Annual report on the working of the lock hospitals in the North-Western Provinces and Oudh
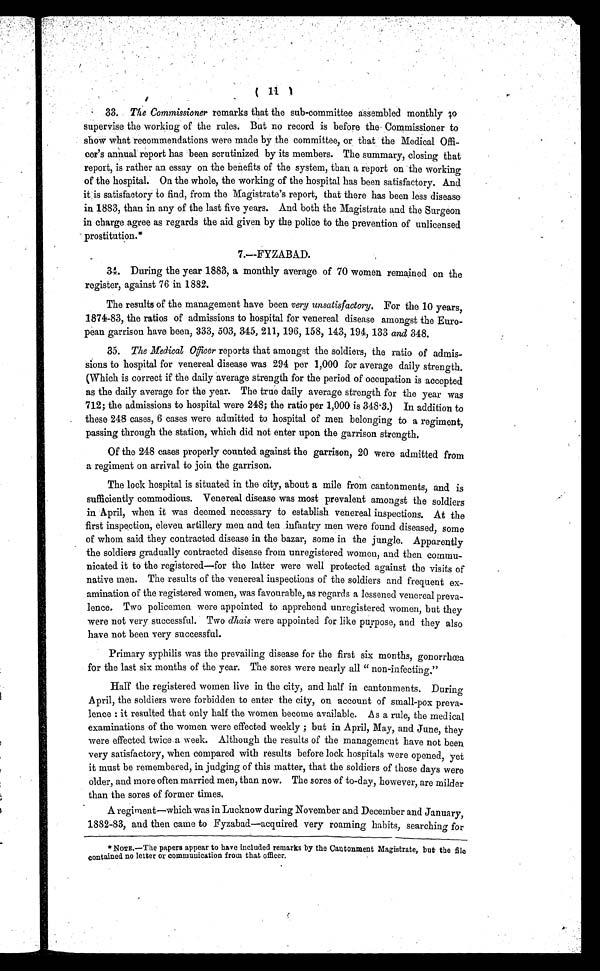
( 11 )
33. The Commissioner remarks that the sub-committee assembled monthly 70
supervise the working of the rules. But no record is before the Commissioner to
show what recommendations were made by the committee, or that the Medical Offi-
cer's annual report has been scrutinized by its members. The summary, closing that
report, is rather an essay on the benefits of the system, than a report on the working
of the hospital. On the whole, the working of the hospital has been satisfactory. And
it is satisfactory to find, from the Magistrate's report, that there has been less disease
in 1883, than in any of the last five years. And both the Magistrate and the Surgeon
in charge agree as regards the aid given by the police to the prevention of unlicensed
prostitution.*
7.—FYZABAD.
34. During the year 1883, a monthly average of 70 women remained on the
register, against 76 in 1882.
The results of the management have been very unsatisfactory. For the 10 years,
1874-83, the ratios of admissions to hospital for venereal disease amongst the Euro-
pean garrison have been, 333, 503, 345, 211, 196, 158, 143, 194, 133 and 348.
35. The Medical Officerreports that amongst the soldiers, the ratio of admis-
sions to hospital for venereal disease was 294 per 1,000 for average daily strength.
(Which is correct if the daily average strength for the period of occupation is accepted
as the daily average for the year. The true daily average strength for the year was
712; the admissions to hospital were 248; the ratio per 1,000 is 348 . 3.) In addition to
these 248 cases, 6 cases were admitted to hospital of men belonging to a regiment,
passing through the station, which did not enter upon the garrison strength.
Of the 248 cases properly counted against the garrison, 20 were admitted from
a regiment on arrival to join the garrison.
The lock hospital is situated in the city, about a mile from cantonments, and is
sufficiently commodious. Venereal disease was most prevalent amongst the soldiers
in April, when it was deemed necessary to establish venereal inspections. At the
first inspection, eleven artillery men and ten infantry men were found diseased, some
of whom said they contracted disease in the bazar, some in the jungle. Apparently
the soldiers gradually contracted disease from unregistered women, and then commu-
nicated it to the registered—for the latter were well protected against the visits of
native men. The results of the venereal inspections of the soldiers and frequent ex-
amination of the registered women, was favourable, as regards a lessened venereal preva-
lence. Two policemen were appointed to apprehend unregistered women, but they
were not very successful. Two dhais were appointed for like purpose, and they also
have not been very successful.
Primary syphilis was the prevailing disease for the first six months, gonorrhœa
for the last six months of the year. The sores were nearly all " non-infecting,"
Hall the registered women live in the city, and half in cantonments. During
April, the soldiers were forbidden to enter the city, on account of small-pox preva-
lence : it resulted that only half the women become available. As a rule, the medical
examinations of the women were effected weekly ; but in April, May, and June, they
were effected twice a week. Although the results of the management have not been
very satisfactory, when compared with results before lock hospitals were opened, yet
it must be remembered, in judging of this matter, that the soldiers of those days were
older, and more often married men, than now. The sores of to-day, however, are milder
than the sores of former times.
Aregiment—which was in Lucknow during November and December and January,
1882-83, and then came to Fyzabad—acquired very roaming habits, searching for
*NOTE.—The papers appear to have included remarks by the Cantonment Magistrate, but the file
contained no letter or communication from that officer.